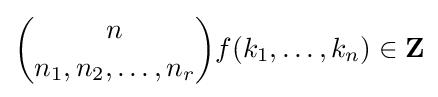
{n \choose n_{1},n_{2},\ldots ,n_{r}}f(k_{1},\dots ,k_{n})\in \mathbf {Z}